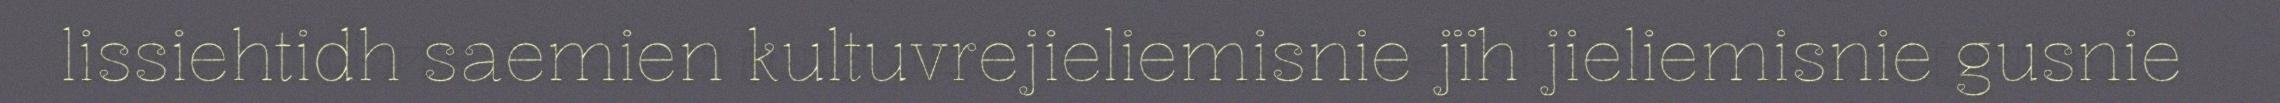
lissiehtidh saemien kultuvrejieliemisnie jïh jieliemisnie gusnie